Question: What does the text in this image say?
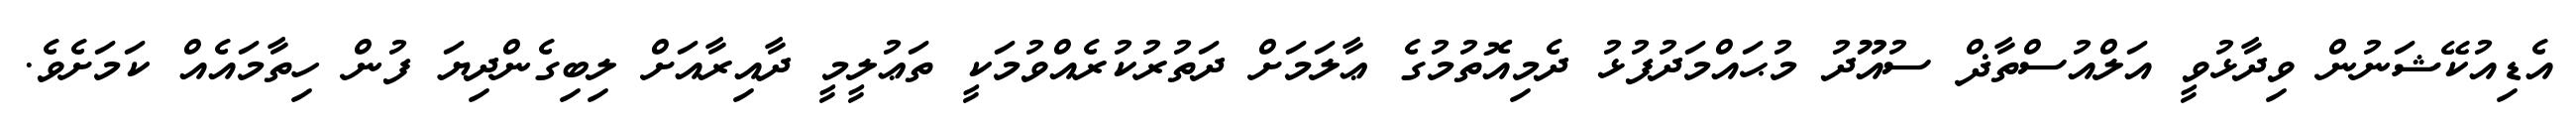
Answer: އެޑިއުކޭޝަނުން ވިދާޅުވީ އަލްއުސްތާޛް ސުއޫދު މުޙައްމަދުފުޅު ދެމިއޮތުމުގެ ޢާލަމަށް ދަތުރުކުރެއްވުމަކީ ތަޢުލީމީ ދާއިރާއަށް ލިބިގެންދިޔަ ފުން ހިތާމައެއް ކަމަށެވެ.